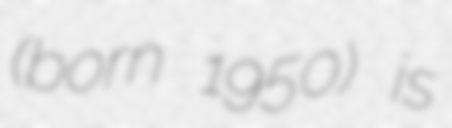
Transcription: (born 1950) is